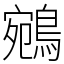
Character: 鵷